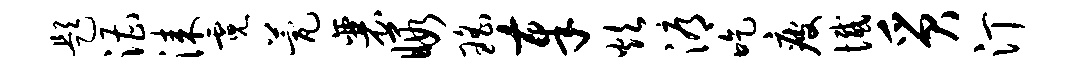
题漕漆霓甍襄暇瑶奉炊溽吃疲憾质汀